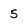
Character: 5